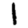
Digit: 1